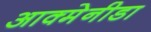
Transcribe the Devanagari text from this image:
आक्मेनीडा